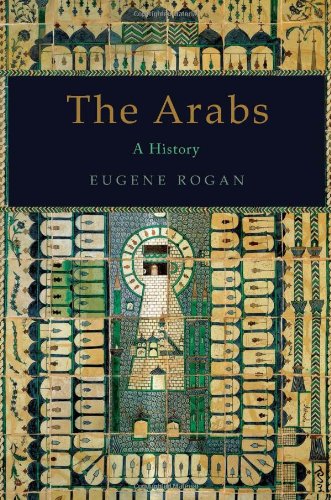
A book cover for The Arabs: A History; Eugene Rogan; History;